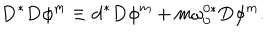
LaTeX: \mathbf { D } ^ { \ast } \mathbf { D } \phi ^ { m } \equiv \mathbf { d } ^ { \ast } \mathbf { D } \phi ^ { m } + m \mathbf { \omega } _ { 0 } ^ { 0 \ast } \mathbf { D } \phi ^ { m } .